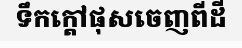
ទឹកក្តៅផុសចេញពីដី